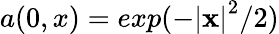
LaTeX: a(0,x)=exp(-\left|\mathbf{x}\right|^{2}/2)